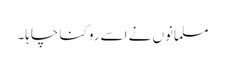
مسلمانوں نے اسے روکنا چاہا۔